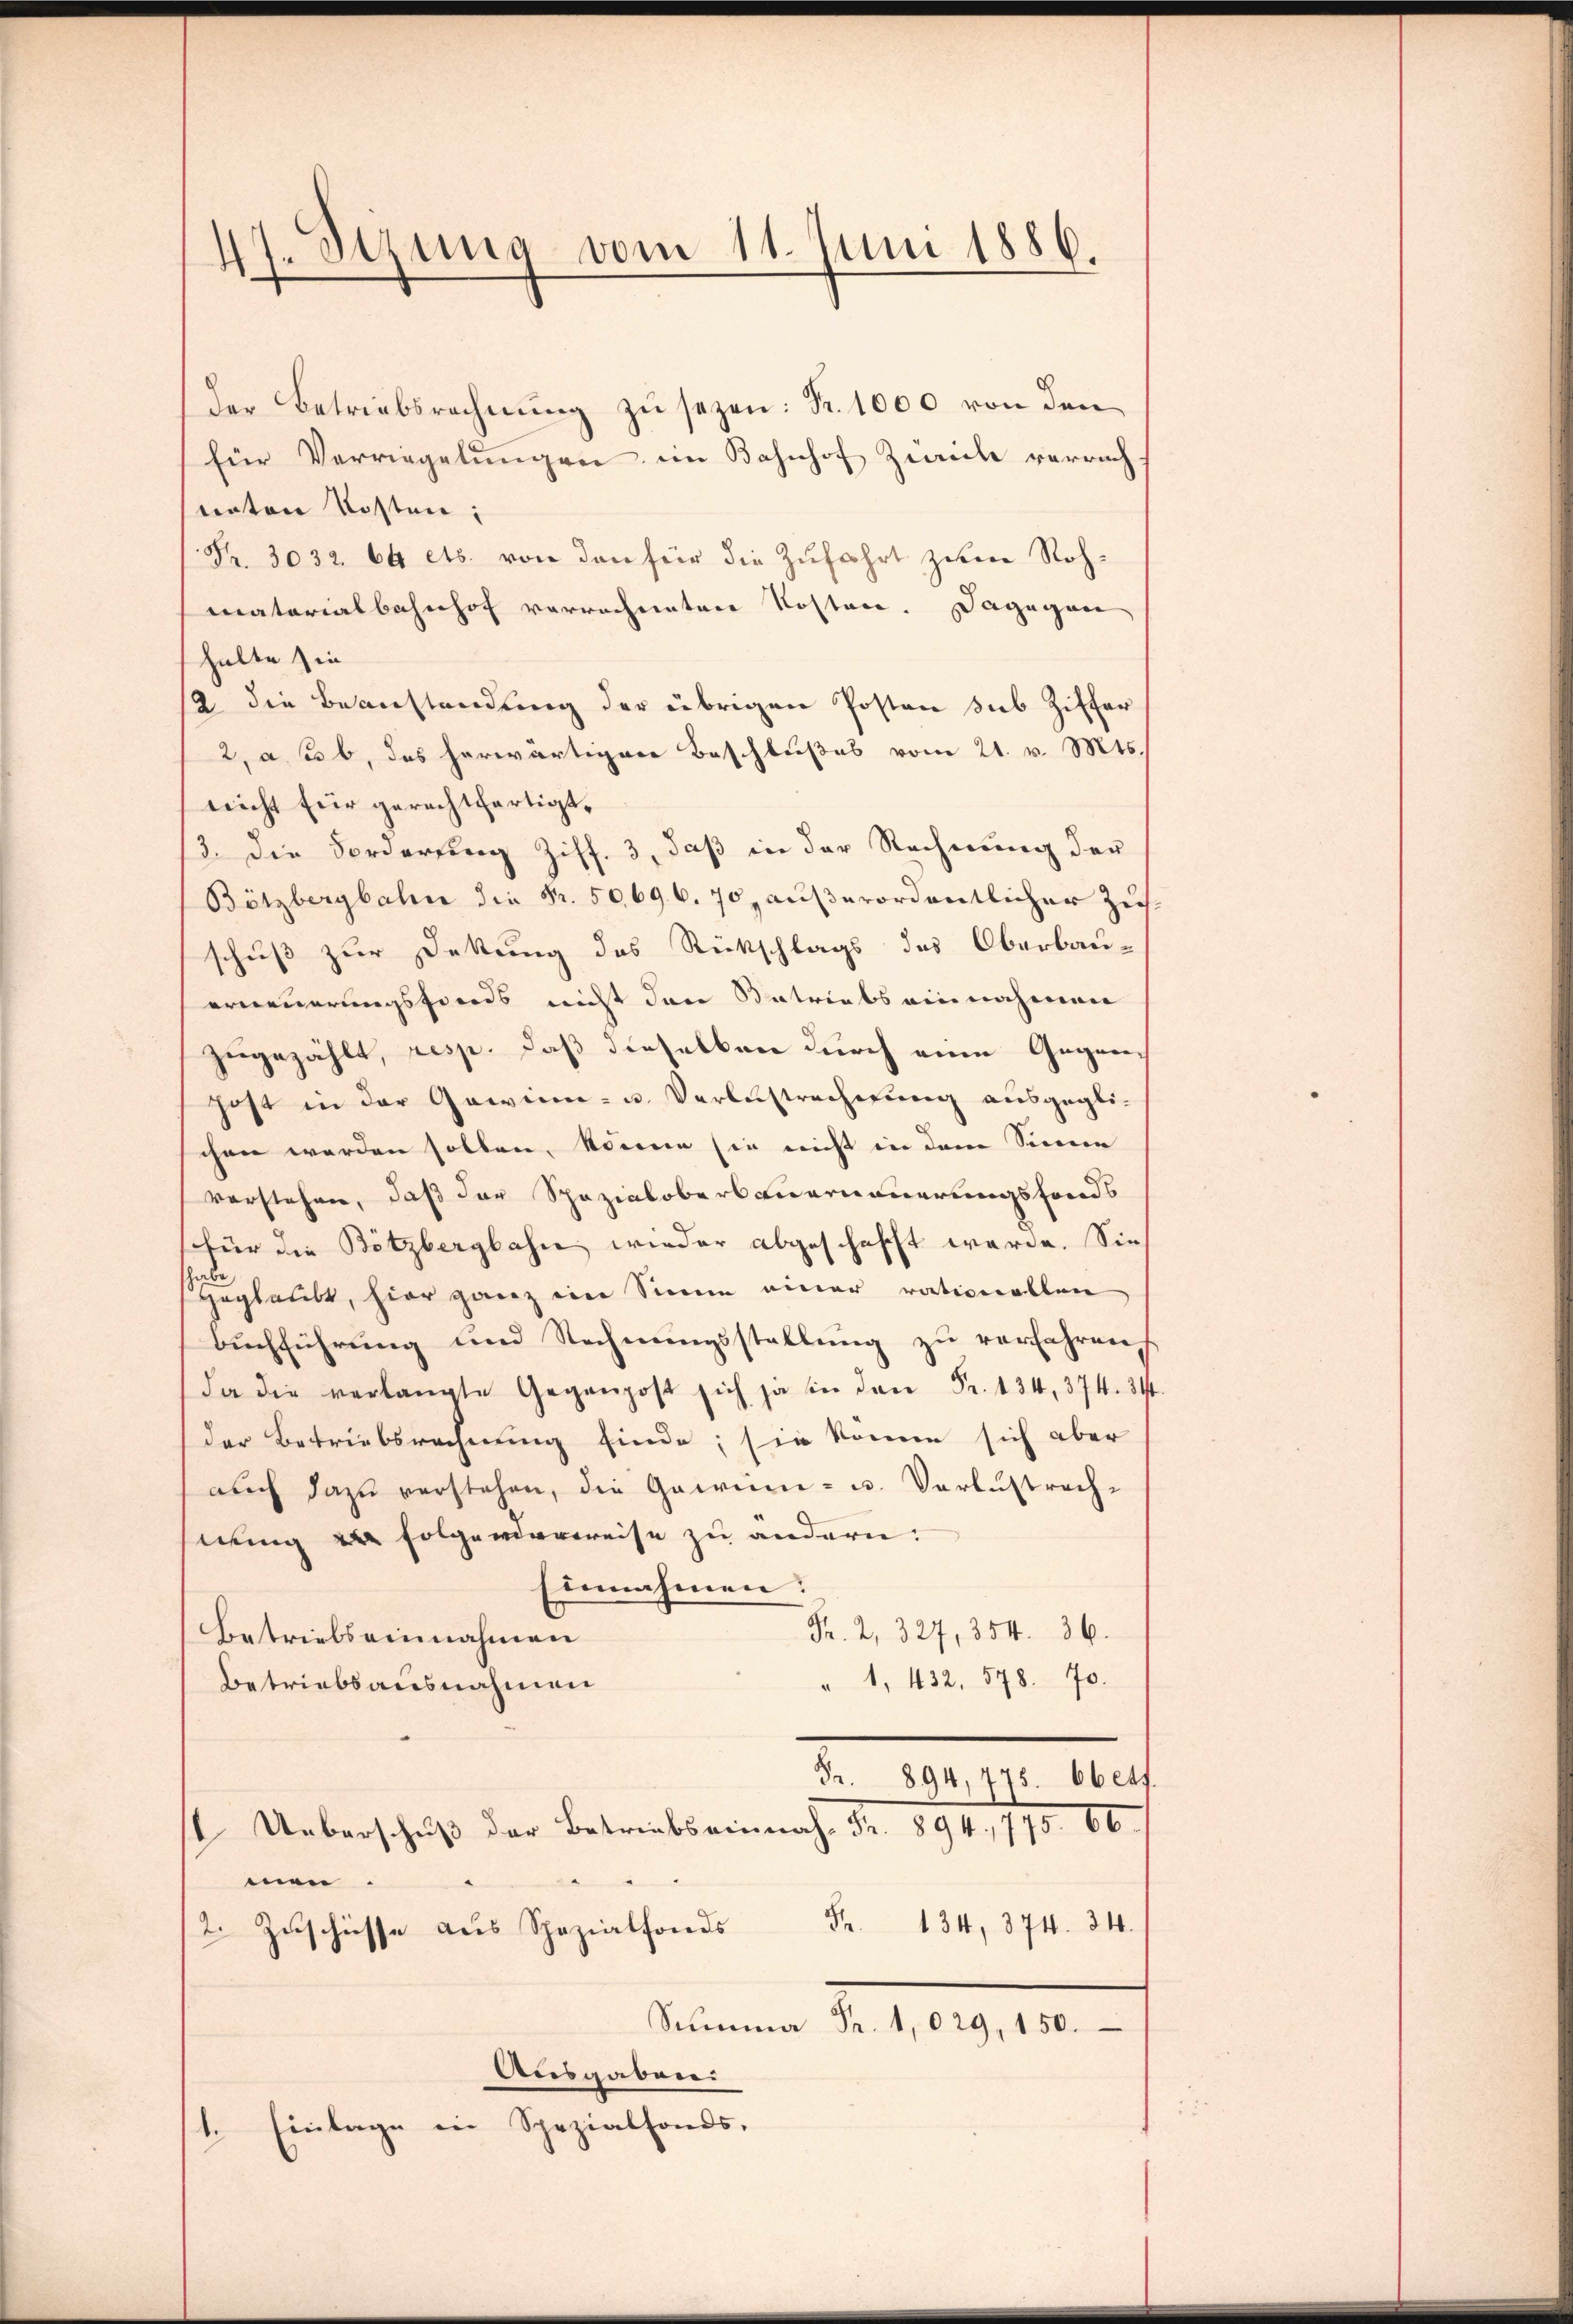
47. Stung vom 11. Juni 1886.

der Betriebsrechnung zu sezen: Fr. 1000 von den
für Verriegelungen im Bahnhof Zwicke verrach
unten Kosten;
Fr. 3032. 64 etc. von den für die Zufahrt zum Rohmatorialbahnhof verrechneten Kosten. Dagegen
halte sin
2 die Beanstandung der übrigen Posten sub Ziffer
2, ab, das herwärtigen Beschlußes vom 21. v. Mts.
nicht für gerechtfertigt.
3. Die Forderung Ziff. 3, daß in der Rechnung der
Bötzbergbahn die Fr. 50696. 70, außerordentlicher Zus
schuß zur Dekung des Rückschlags des Oberbau-
erneuerungsfonds nicht dann Matriebs einnahmen
zugezählt, resp. daß dieselben durch eine Gegen
hoft in der Gewinn- u. Verlustrechnung ausgeglichen werden sollen, könne sie nicht in dem Sinne
vorstehen, daß der Spazialobersauernauerungsfonds
(für die Bötzbergbahne wieder abgeschafft werde. Sie
Heglaubt, hier ganz ein Sinne einer rationallen
Buchführung und Rechnungsstellung zu verfahren,
da die verlangte Gegenpost 34. 374. 34
der Betriebsrechnung finde; sie können sich aber
auch dazu verstehen, die Gawin- u. Verlustrechnung zu folgenderweise zu andern:
Einnahmen:
Fr. 2, 327, 354. 36.
Betriebs einnahmen
" 1, 432. 578. 70.
Betriebsausnahmen
Fr. 894,775. 66 etf.
 Ueberschŭβ der Bestriebseinnah- Fr. 894, 775. 66.
men.
2 Zuschüsse. 134,374. 34.
Summa Fr. 1029, 150.
Ausgaben
1. Einlage in Spezialfonds.